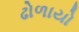
ઢોળાયો